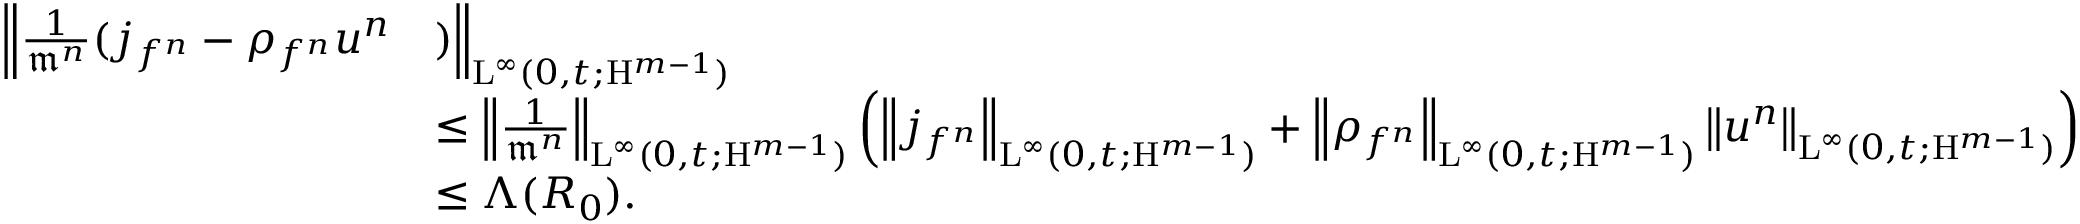
\begin{array} { r l } { \Big \Vert \frac { 1 } { \mathfrak { m } ^ { n } } ( j _ { f ^ { n } } - \rho _ { f ^ { n } } u ^ { n } } & { ) \Big \Vert _ { \mathrm { L } ^ { \infty } ( 0 , t ; \mathrm { H } ^ { m - 1 } ) } } \\ & { \leq \left\Vert \frac { 1 } { \mathfrak { m } ^ { n } } \right\Vert _ { \mathrm { L } ^ { \infty } ( 0 , t ; \mathrm { H } ^ { m - 1 } ) } \left( \left\Vert j _ { f ^ { n } } \right\Vert _ { \mathrm { L } ^ { \infty } ( 0 , t ; \mathrm { H } ^ { m - 1 } ) } + \left\Vert \rho _ { f ^ { n } } \right\Vert _ { \mathrm { L } ^ { \infty } ( 0 , t ; \mathrm { H } ^ { m - 1 } ) } \left\Vert u ^ { n } \right\Vert _ { \mathrm { L } ^ { \infty } ( 0 , t ; \mathrm { H } ^ { m - 1 } ) } \right) } \\ & { \leq \Lambda ( R _ { 0 } ) . } \end{array}